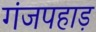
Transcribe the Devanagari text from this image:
गंजपहाड़